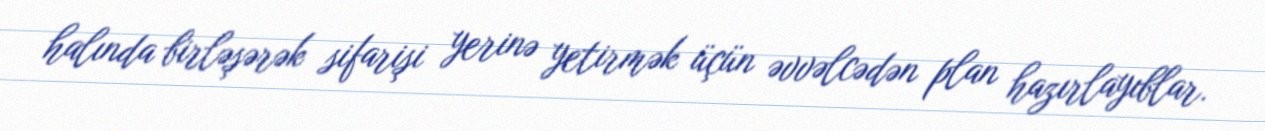
halında birləşərək sifarişi yerinə yetirmək üçün əvvəlcədən plan hazırlayıblar.